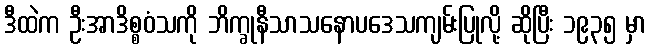
ဒီထဲက ဦးအာဒိစ္စဝံသကို ဘိက္ခုနီသာသနောပဒေသကျမ်းပြုလို့ ဆိုပြီး ၁၉၃၅ မှာ